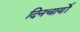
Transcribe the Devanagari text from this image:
दिनचार्यो